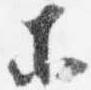
等